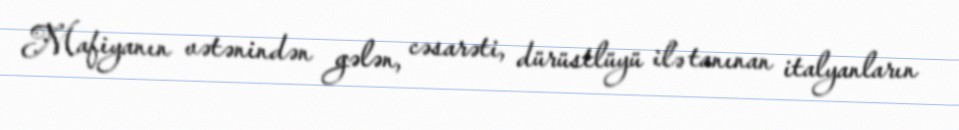
Mafiyanın vətənindən gələn, cəsarəti, dürüstlüyü ilə tanınan italyanların